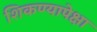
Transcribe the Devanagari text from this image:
शिकण्यापेक्षा